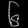
Digit: ၆